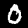
Digit: 0